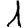
Digit: 1